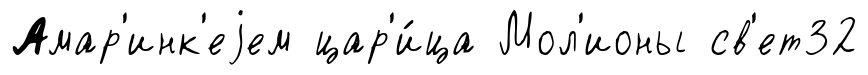
Амар'инк'еjем цар'и́ца Мол'ионы св'ет32